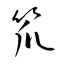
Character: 笊